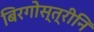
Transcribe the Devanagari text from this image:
बिरगोस्त्रीनि